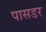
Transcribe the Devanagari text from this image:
पासडर